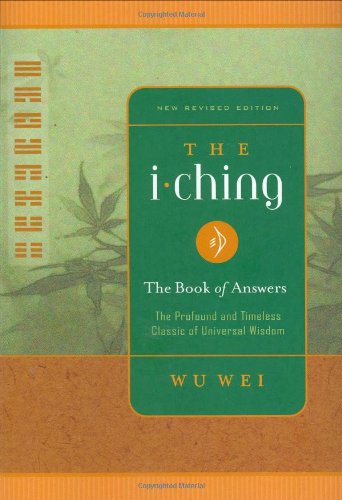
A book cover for The I Ching: The Book of Answers New Revised Edition; Wu Wei; Religion & Spirituality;